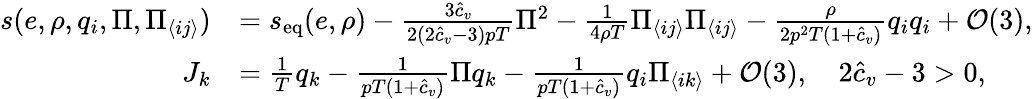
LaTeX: \begin{array}{rl}{s(e,\rho,q_{i},\Pi,\Pi_{\langle ij\rangle})}&{=s_{\textrm{eq}}(e,\rho)-\frac{3\hat{c}_{v}}{2(2\hat{c}_{v}-3)pT}\Pi^{2}-\frac{1}{4\rho T}\Pi_{\langle ij\rangle}\Pi_{\langle ij\rangle}-\frac{\rho}{2p^{2}T(1+\hat{c}_{v})}q_{i}q_{i}+\mathcal{O}(3),}\\ {J_{k}}&{=\frac{1}{T}q_{k}-\frac{1}{pT(1+\hat{c}_{v})}\Pi q_{k}-\frac{1}{pT(1+\hat{c}_{v})}q_{i}\Pi_{\langle ik\rangle}+\mathcal{O}(3),\quad 2\hat{c}_{v}-3>0,}\end{array}